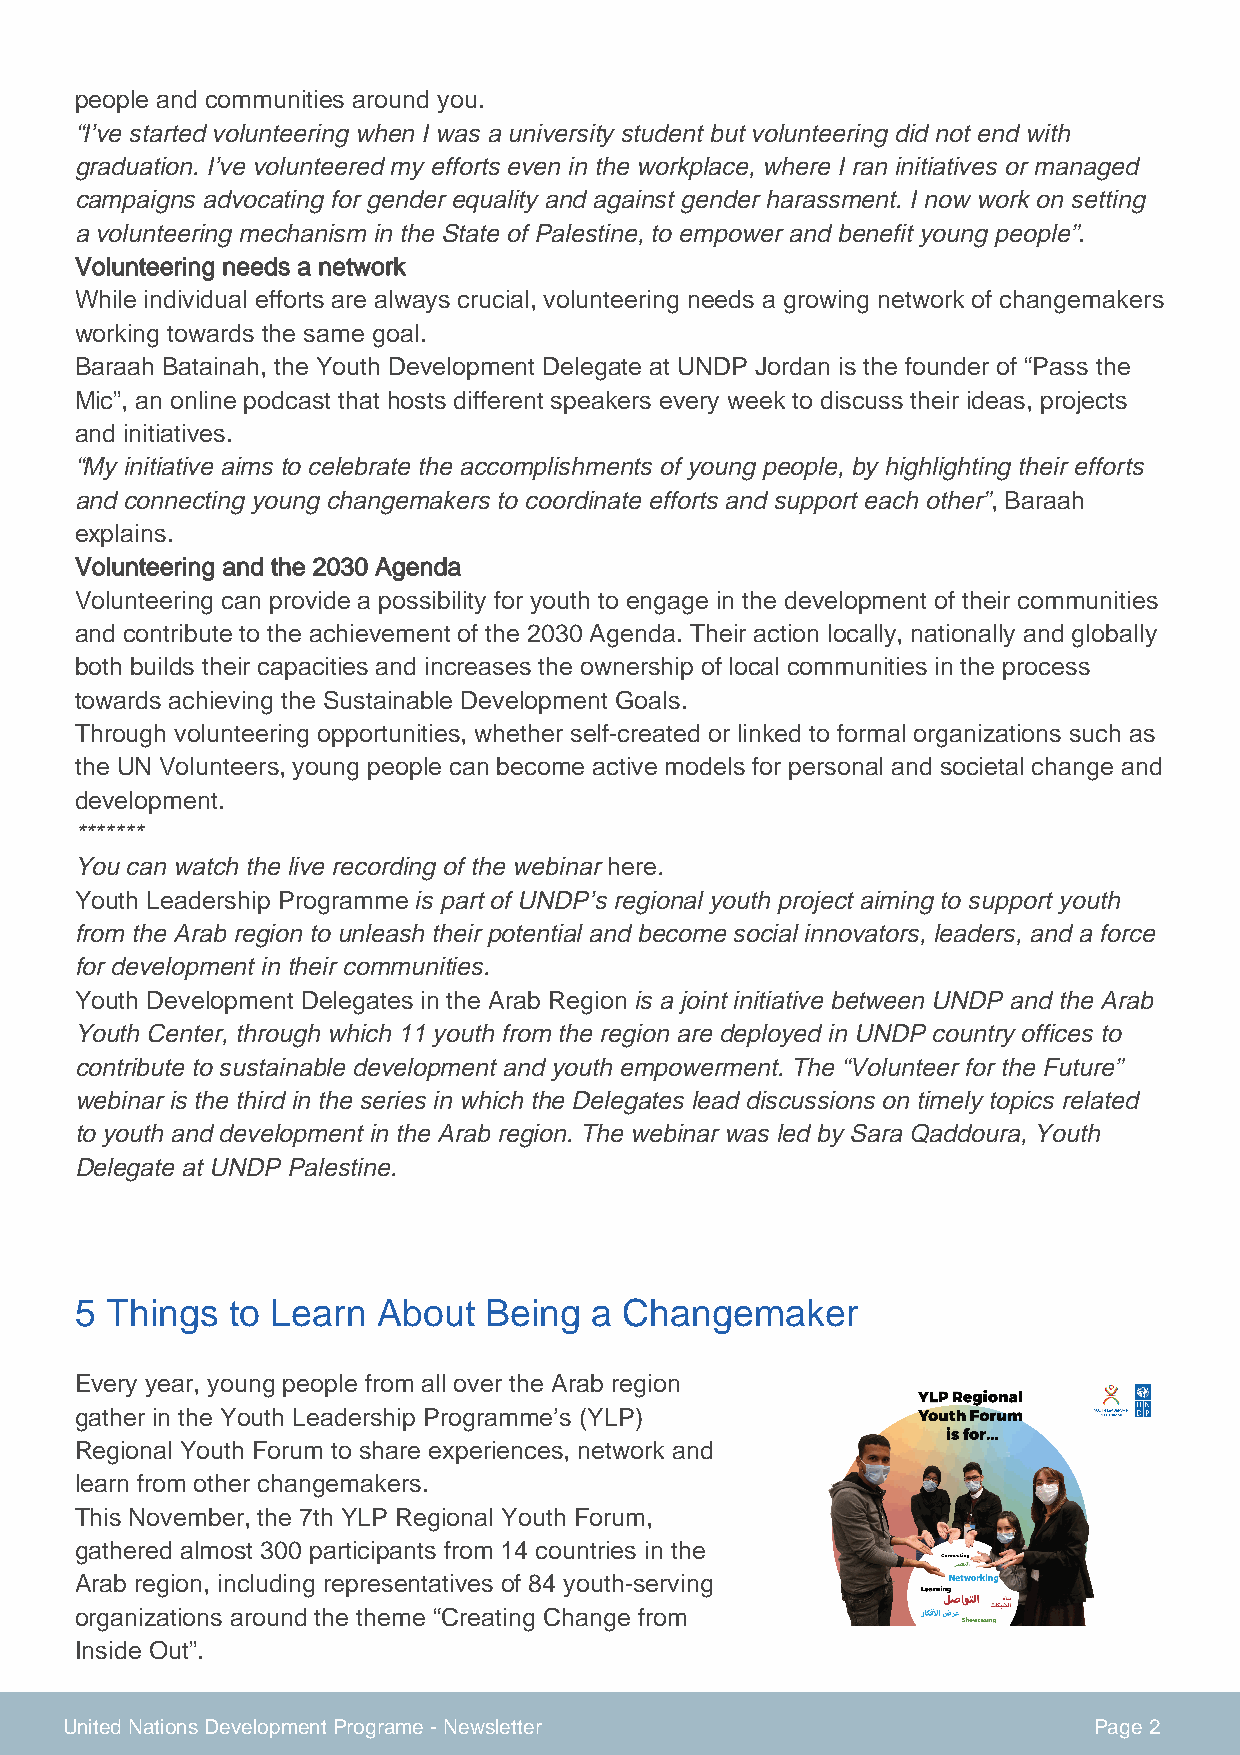
people and communities around you.
 “I’ve started volunteering when I was a university student but volunteering did not end with
 graduation. I’ve volunteered my efforts even in the workplace, where I ran initiatives or managed
 campaigns advocating for gender equality and against gender harassment. I now work on setting
 a volunteering mechanism in the State of Palestine, to empower and benefit young people”.
 Volunteering needs a network
 While individual efforts are always crucial, volunteering needs a growing network of changemakers
 working towards the same goal.
 Baraah Batainah, the Youth Development Delegate at UNDP Jordan is the founder of “Pass the
 Mic”, an online podcast that hosts different speakers every week to discuss their ideas, projects
 and initiatives.
 “My initiative aims to celebrate the accomplishments of young people, by highlighting their efforts
 and connecting young changemakers to coordinate efforts and support each other”, Baraah
 explains.
 Volunteering and the 2030 Agenda
 Volunteering can provide a possibility for youth to engage in the development of their communities
 and contribute to the achievement of the 2030 Agenda. Their action locally, nationally and globally
 both builds their capacities and increases the ownership of local communities in the process
 towards achieving the Sustainable Development Goals.
 Through volunteering opportunities, whether self-created or linked to formal organizations such as
 the UN Volunteers, young people can become active models for personal and societal change and
 development.
 *******
 You can watch the live recording of the webinar here.
 Youth Leadership Programme is part of UNDP’s regional youth project aiming to support youth
 from the Arab region to unleash their potential and become social innovators, leaders, and a force
 for development in their communities.
 Youth Development Delegates in the Arab Region is a joint initiative between UNDP and the Arab
 Youth Center, through which 11 youth from the region are deployed in UNDP country offices to
 contribute to sustainable development and youth empowerment. The “Volunteer for the Future”
 webinar is the third in the series in which the Delegates lead discussions on timely topics related
 to youth and development in the Arab region. The webinar was led by Sara Qaddoura, Youth
 Delegate at UNDP Palestine.
 5 Things  to Learn  About  Being  a Changemaker
 Every year, young people from all over the Arab region
 gather in the Youth Leadership Programme’s (YLP)
 Regional Youth Forum to share experiences, network and
 learn from other changemakers.
 This November, the 7th YLP Regional Youth Forum,
 gathered almost 300 participants from 14 countries in the
 Arab region, including representatives of 84 youth-serving
 organizations around the theme “Creating Change from
 Inside Out”.
 United Nations Development Programe - Newsletter                    Page 2